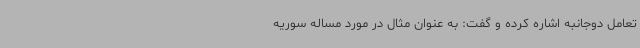
تعامل دوجانبه اشاره کرده و گفت: به عنوان مثال در مورد مساله سوریه